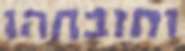
ותזבחהו